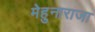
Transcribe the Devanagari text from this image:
मेहुनाराजा